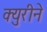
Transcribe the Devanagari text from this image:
क्युरीने